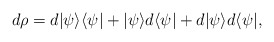
\begin{align*}d\rho &= d|\psi\rangle \langle \psi| + |\psi\rangle d\langle \psi| + d|\psi\rangle d\langle \psi|,\end{align*}